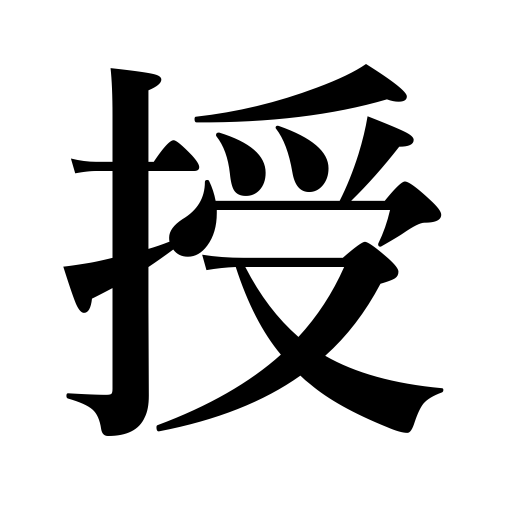
Meanings: be blessed with,invest with authority,be granted,be accorded,teach,be gifted with,award,give,impart,be taught,be awarded,grant,confer